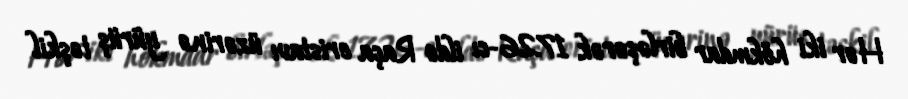
Hər iki hökmdar birləşərək 1726-cı ildə Raça eristavı üzərinə yürüş təşkil